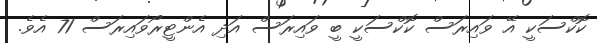
ކޮކްސަކީ އޭ ވައިރަސް ކޮކްސަކީ ބީ ވައިރަސް އަދި އެންޓީރޯވައިރަސް 71 އެވެ.